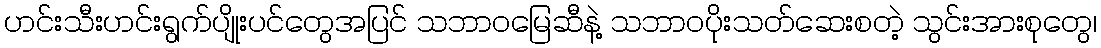
ဟင်းသီးဟင်းရွက်ပျိုးပင်တွေအပြင် သဘာဝမြေဆီနဲ့ သဘာဝပိုးသတ်ဆေးစတဲ့ သွင်းအားစုတွေ၊